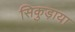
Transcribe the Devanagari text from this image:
सिकुड़ाया